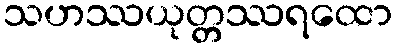
သဟဿယုတ္တဿရထော